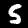
Digit: 5